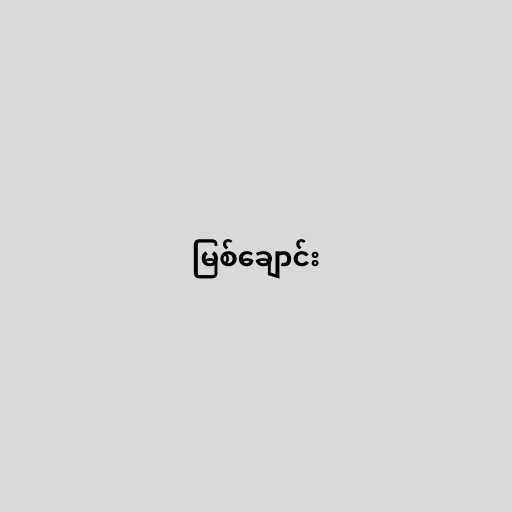
မြစ်ချောင်း